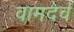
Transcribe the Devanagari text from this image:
वामदेवं